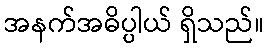
အနက်အဓိပ္ပါယ် ရှိသည်။